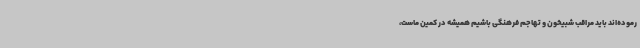
رموده‌اند باید مراقب شبیخون و تهاجم فرهنگی باشیم همیشه در کمین ماست،